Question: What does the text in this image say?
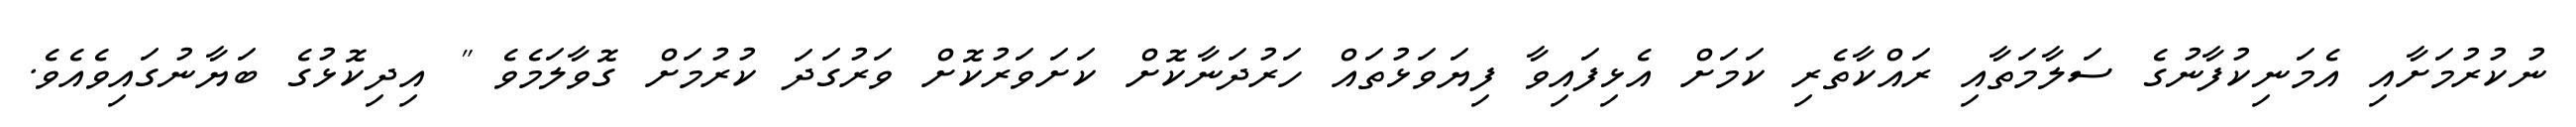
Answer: ނުކުރުމަށާއި އެމަނިކުފާނުގެ ސަލާމަތާއި ރައްކާތެރި ކަމަށް އެޅިފައިވާ ފިޔަވަޅުތައް ހަރުދަނާކޮށް ކަށަވަރުކޮށް ވަރުގަދަ ކުރުމަށް ގޮވާލަމެވެ " އިދިކޮޅުގެ ބަޔާނުގައިވެއެވެ.